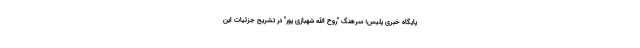
پایگاه خبری پلیس؛ سرهنگ "روح الله شهبازی پور" در تشریح جزئیات این